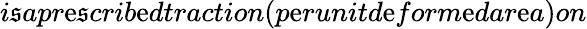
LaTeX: i\mathfrak{s}apr\mathrm{e}\mathfrak{s}crib\mathrm{e}dtraction(p\mathrm{e}runitd\mathrm{e}form\mathrm{e}dar\mathrm{e}a)on